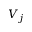
V _ { j }